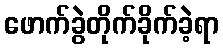
ဖောက်ခွဲတိုက်ခိုက်ခဲ့ရာ